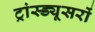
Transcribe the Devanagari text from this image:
ट्रांस्ड्यूसरों